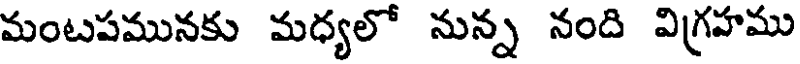
మంటపమునకు మధ్యలో నున్న నంది విగ్రహము